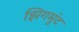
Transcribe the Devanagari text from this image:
झिगमुंट